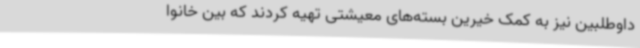
داوطلبین نیز به کمک خیرین بسته‌های معیشتی تهیه کردند که بین خانوا